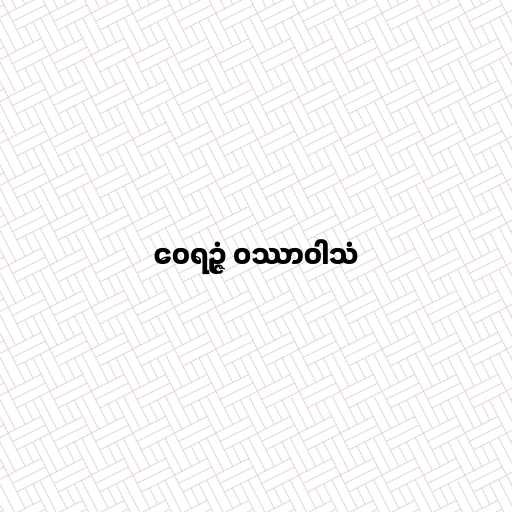
ဝေရဉ္ဇံ ဝဿာဝါသံ